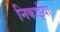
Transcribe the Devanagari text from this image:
निकाईया